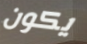
يكون